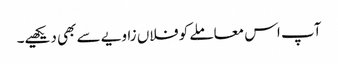
آپ اس معاملے کو فلاں زاویے سے بھی دیکھیے۔